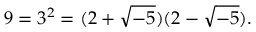
9 = 3 ^ { 2 } = ( 2 + { \sqrt { - 5 } } ) ( 2 - { \sqrt { - 5 } } ) .